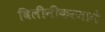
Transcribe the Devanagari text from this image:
विलीनीकरणाने